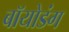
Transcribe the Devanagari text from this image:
बॉयोडंग